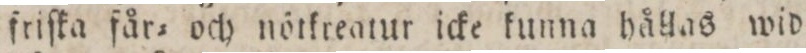
friſka får= och nötkreatur icke kunna hållas wid